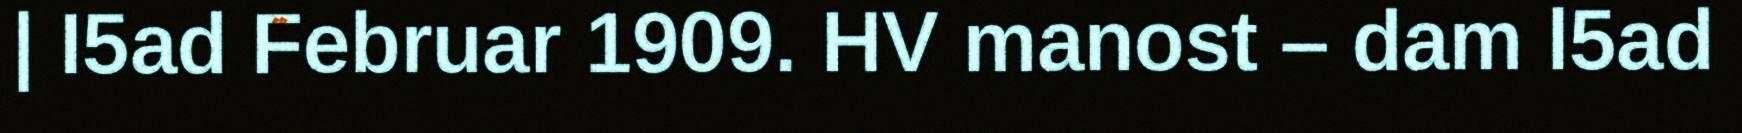
| I5ad Februar 1909. HV manost – dam l5ad